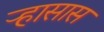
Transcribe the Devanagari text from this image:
ऱ्हासास